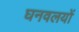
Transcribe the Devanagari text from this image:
घनवलयों